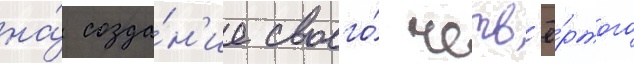
на́ созда́н'ие своего́ четв'ё́ртого